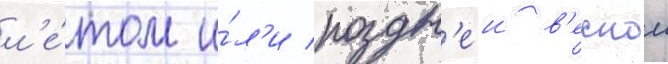
л'е́том и́л'и поздн'еи в'еснои